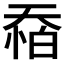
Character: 𱘶